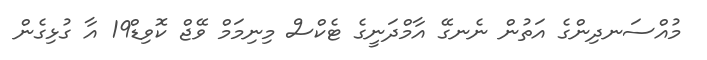
މުއްސަނދިންގެ އަތުން ނެނގޭ އާމްދަނީގެ ޓެކްސް މިނިމަމް ވޭޖް ކޮވިޑް19 އާ ގުޅިގެން